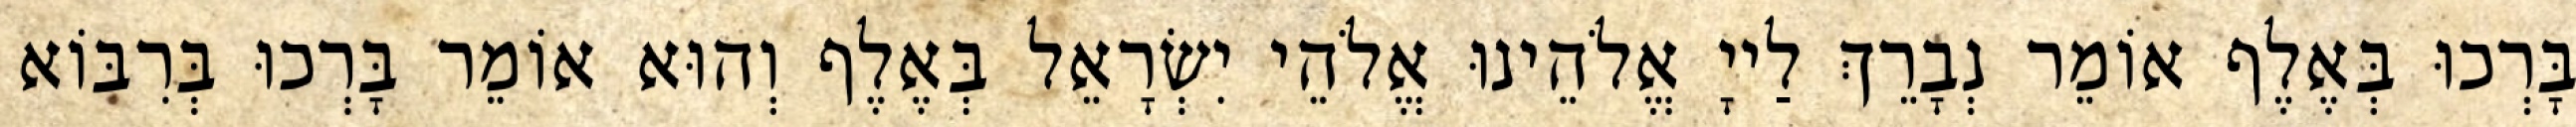
בָּרְכוּ בְּאֶלֶף אוֹמֵר נְבָרֵךְ לַייָ אֱלֹהֵינוּ אֱלֹהֵי יִשְׂרָאֵל בְּאֶלֶף וְהוּא אוֹמֵר בָּרְכוּ בְּרִבּוֹא